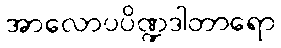
အာလောပပိဏ္ဍဒါတာရော